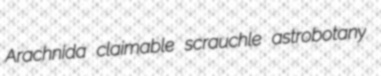
Arachnida claimable scrauchle astrobotany